Vaccination in Burma 1920-1933 - 1920-1933
Year: 1920
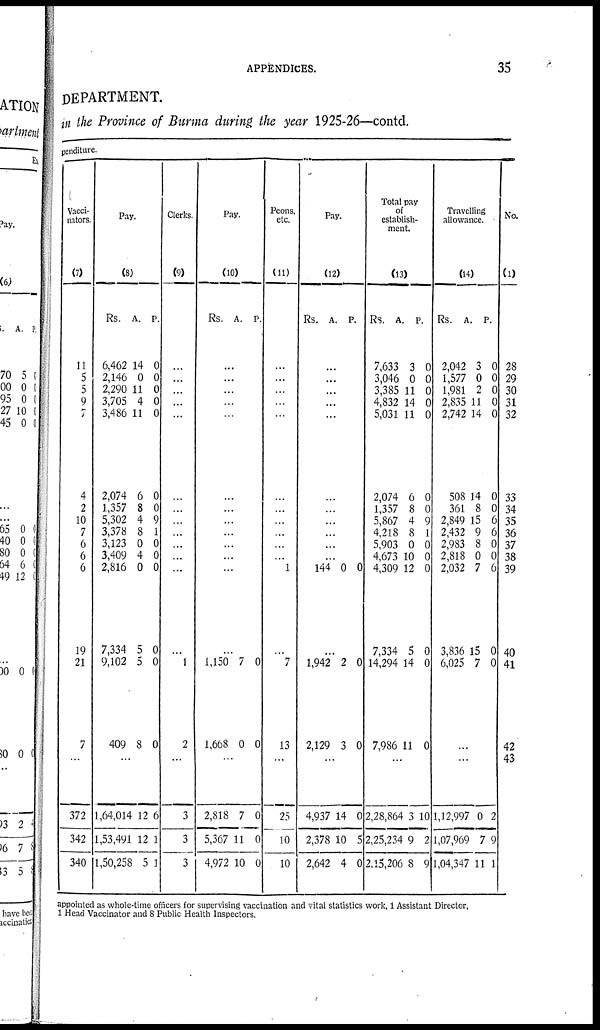
APPENDICES.
35
DEPARTMENT.
in the Province of Burma during the year 1925-26—contd.
penditure.
Vacci-
nators.
(7)
11
5
5
9
...
4
2
10
7
6
6
6
19
21
7
...
372
342
340
Pay.
(8)
Rs.
6,462
2,146
2,290
3,705
3,486
2,074
1,357
5,302
3,378
3,123
3,409
2,816
7,334
9,102
409
A.
14
0
11
4
11
6
8
4
8
0
4
0
5
5
8
P.
0
0
0
0
0
0
0
9
1
0
0
0
0
0
0
...
1,64,014
1,53,491
1,50,258
12
12
5
6
1
1
Clerks.
(9)
...
...
...
...
...
...
...
...
...
...
...
...
...
1
2
...
3
3
3
Pay.
(10)
Rs. A. P.
...
...
...
...
...
...
...
...
...
...
...
...
...
1,150
1,668
7
0
0
0
...
2,818
5,367
4,972
7
11
10
0
0
0
Peons,
etc.
(11)
...
...
...
...
...
...
...
...
...
...
...
1
...
7
13
...
25
10
10
Pay.
(12)
Rs.
A. P.
...
...
...
...
...
...
...
...
...
...
...
144 0 0
...
1,942
2,129
2
3
0
0
...
4,937
2,378
2,642
14
10
4
0
5
0
Total pay
of
establish-
ment.
(13)
Rs.
7,633
3,046
3,385
4,832
5,031
2,074
1,357
5,867
4,218
5,903
4,673
4,309
7,334
14,294
7,986
A.
3
0
11
14
11
6
8
4
8
0
10
12
5
14
11
P.
0
0
0
0
0
0
0
9
1
0
0
0
0
0
0
...
2,28,864
2,25,234
2,15,206
3
9
8
10
2
9
Travelling
allowance.
(14)
Rs.
2,042
1,577
1,981
2,835
2,742
508
361
2,849
2,432
2,983
2,818
2,032
3,836
6,025
A.
3
0
2
11
14
14
8
15
9
8
0
7
15
7
P.
0
0
0
0
0
0
0
6
6
0
0
6
0
0
...
...
1,12,997
1,07,969
1,04,347
0
7
11
2
9
1
No.
(1)
28
29
30
31
32
33
34
35
36
37
38
39
40
41
42
43
appointed as whole-time officers for supervising vaccination and vital statistics work, 1 Assistant Director,
1 Head Vaccinator and 8 Public Health Inspectors.